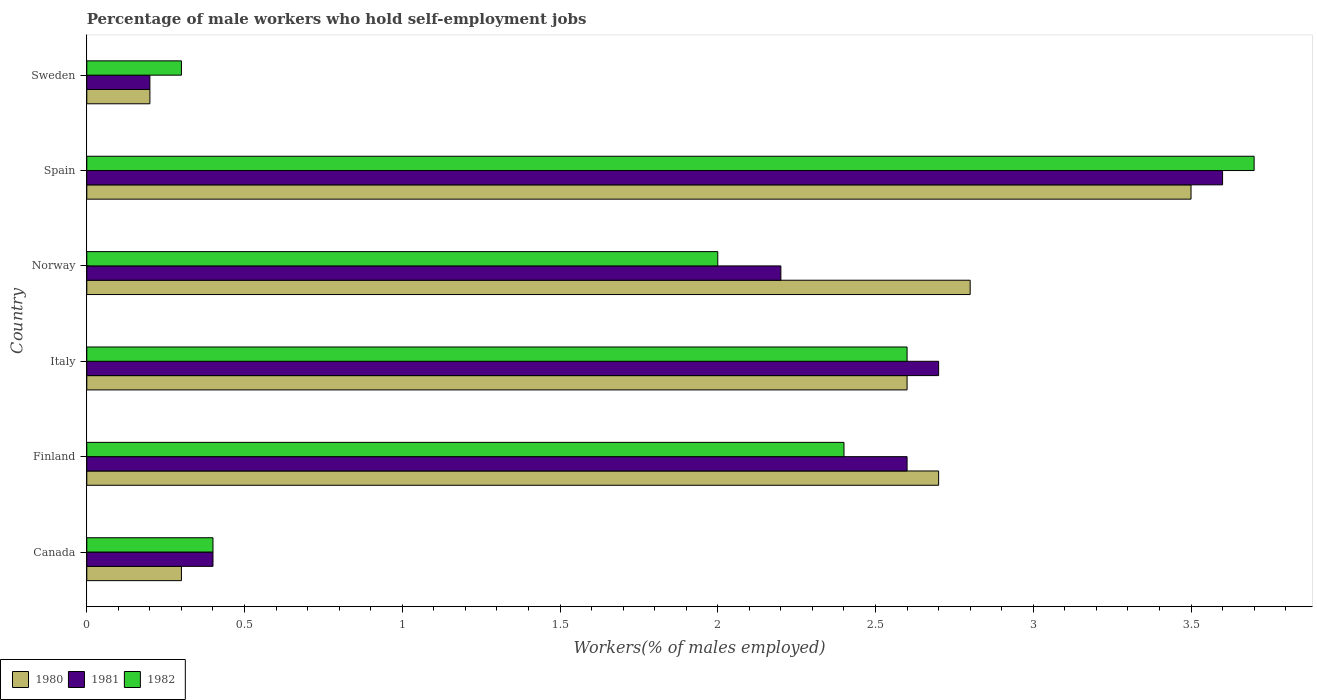
| Country | 1980 | 1981 | 1982 |
 | --- | --- | --- | --- |
 | Canada | 0.3 | 0.4 | 0.4 |
 | Finland | 2.7 | 2.6 | 2.4 |
 | Italy | 2.6 | 2.7 | 2.6 |
 | Norway | 2.8 | 2.2 | 2 |
 | Spain | 3.5 | 3.6 | 3.7 |
 | Sweden | 0.2 | 0.2 | 0.3 |